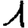
Digit: 1